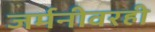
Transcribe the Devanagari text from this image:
जर्मनीवरही